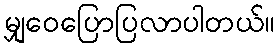
မျှဝေပြောပြလာပါတယ်။